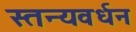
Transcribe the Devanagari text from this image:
स्तन्यवर्धन